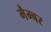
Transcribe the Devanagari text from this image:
मैम्बर